Indian Medical Review
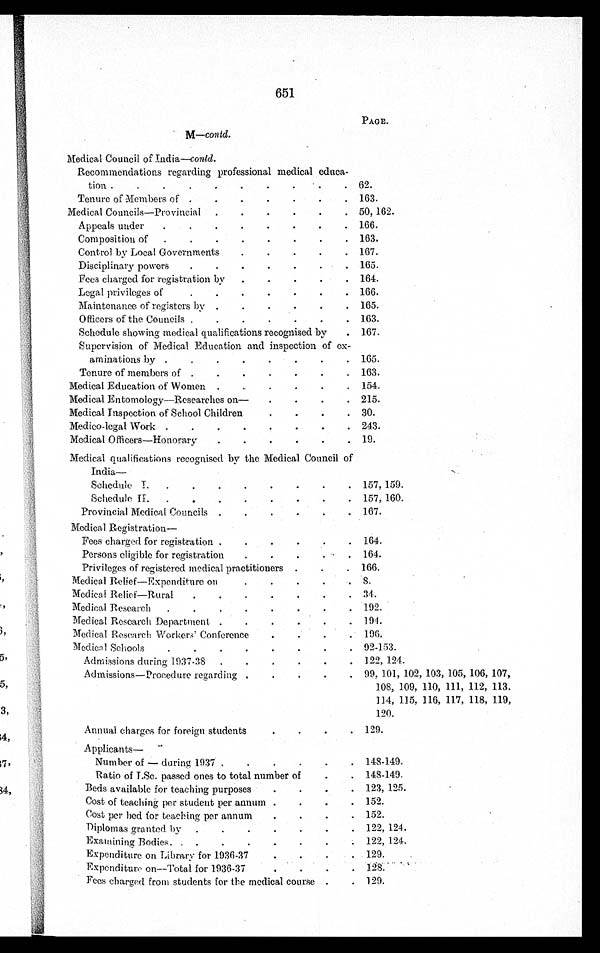
651
M—contd.
PAGE.
Medical Council of India—contd.
Recommendations regarding professional medical educa-
tion .
.
.
.
.
.
. . .
. 62.
Tenure of Members of .
.
.
. .
.
. 163.
Medical Councils—Provincial
.
.
.
.
.
. 50, 162.
Appeals under
.
.
.
.
.
.
.
. 166.
Composition of
.
.
.
.
.
.
.
. 163.
Control by Local Governments
.
.
.
.
. 167.
Disciplinary powers
.
.
.
.
.
.
. 165.
Fees charged for registration by
.
.
.
.
. 164.
Legal privileges of
.
.
.
.
.
.
. 166.
Maintenance of registers by .
.
.
.
.
. 165.
Officers of the Councils .
.
.
.
.
.
. 163.
Schedule showing medical qualifications recognised by
. 167.
Supervision of Medical Education and inspection of ex-
aminations by .
.
.
.
.
.
.
. 165.
Tenure of members of .
.
.
.
.
.
. 163.
Medical Education of Women .
.
.
.
.
. 154.
Medical Entomology—Researches on—
.
.
.
. 215.
Medical Inspection of School Children
.
.
.
. 30.
Medico—legal Work .
.
.
.
.
.
.
. 243.
Medical Officers—Honorary
.
.
.
.
.
. 19.
Medical qualifications recognised by the Medical Council of
India
—
Schedule I.
.
.
.
.
.
.
.
. 157, 159.
Schedule II.
.
.
.
.
.
.
.
. 157, 160.
Provincial Medical Councils .
.
.
.
.
. 1.67.
Medical Registration
—
Fees charged for registration .
.
.
.
.
. 164.
Persons eligible for registration
.
.
.
.
. 164.
Privileges of registered medical practitioners .
.
. 166.
Medical Relief—Expenditure on
.
.
.
.
. 8.
Medical Relief—Rural
.
.
.
.
.
.
. 34.
Medical Research
.
.
.
.
.
.
.
. 192.
Medical Research Department. .
.
.
.
.
. 194.
Medical Research Workers' Conference
.
.
.
. 196.
Medical Schools
.
.
.
.
.
.
.
. 92-153.
Admissions during 1937-38
.
.
.
.
.
. 122, 124.
Admissions-Procedure regarding .
.
.
.
. 99. 101. 102, 103, 105, 106, 107,
108, 109, 110, 111, 112, 113.
114, 115, 116, 117, 118, 119,
120.
Annual charges for foreign students
.
.
.
. 129.
Applicants-
Number of — during 1937 .
.
.
.
. . 148-149.
Ratio of I.Sc. passed ones to total number of
.
. 148-149.
Beds available for teaching purposes
.
.
.
. 123, 125.
Cost of teaching per student per annum .
.
.
. 152.
Cost per bed for teaching per annum
.
. .
.
. 152.
Diplomas granted by .
.
.
.
.
.
. 122, 124.
Examining Bodies.
.
.
.
.
.
. . 122, 124.
Expenditure on Library for 1936-37
.
.
. . 129.
Expenditure on—Total for 1936-37
.
.
.
.
1 2 8 .
Fees charged from students for the medical course .
. 129.